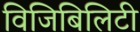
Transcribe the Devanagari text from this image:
विजिबिलिटी